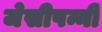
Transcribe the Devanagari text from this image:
जेसीपन्नी